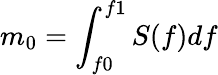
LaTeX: m_{0}=\int_{f0}^{f1}S(f)df